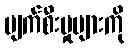
ပျက်စီးမှုများကို